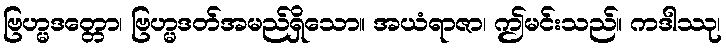
ဗြဟ္မဒတ္တော၊ ဗြဟ္မဒတ်အမည်ရှိသော။ အယံရာဇာ၊ ဤမင်းသည်။ ကဒါဿု၊